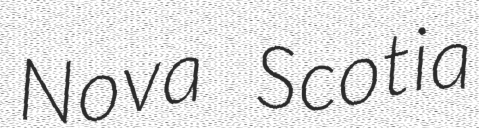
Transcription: Nova Scotia